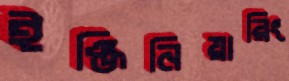
ইঞ্জিনিয়ারিং